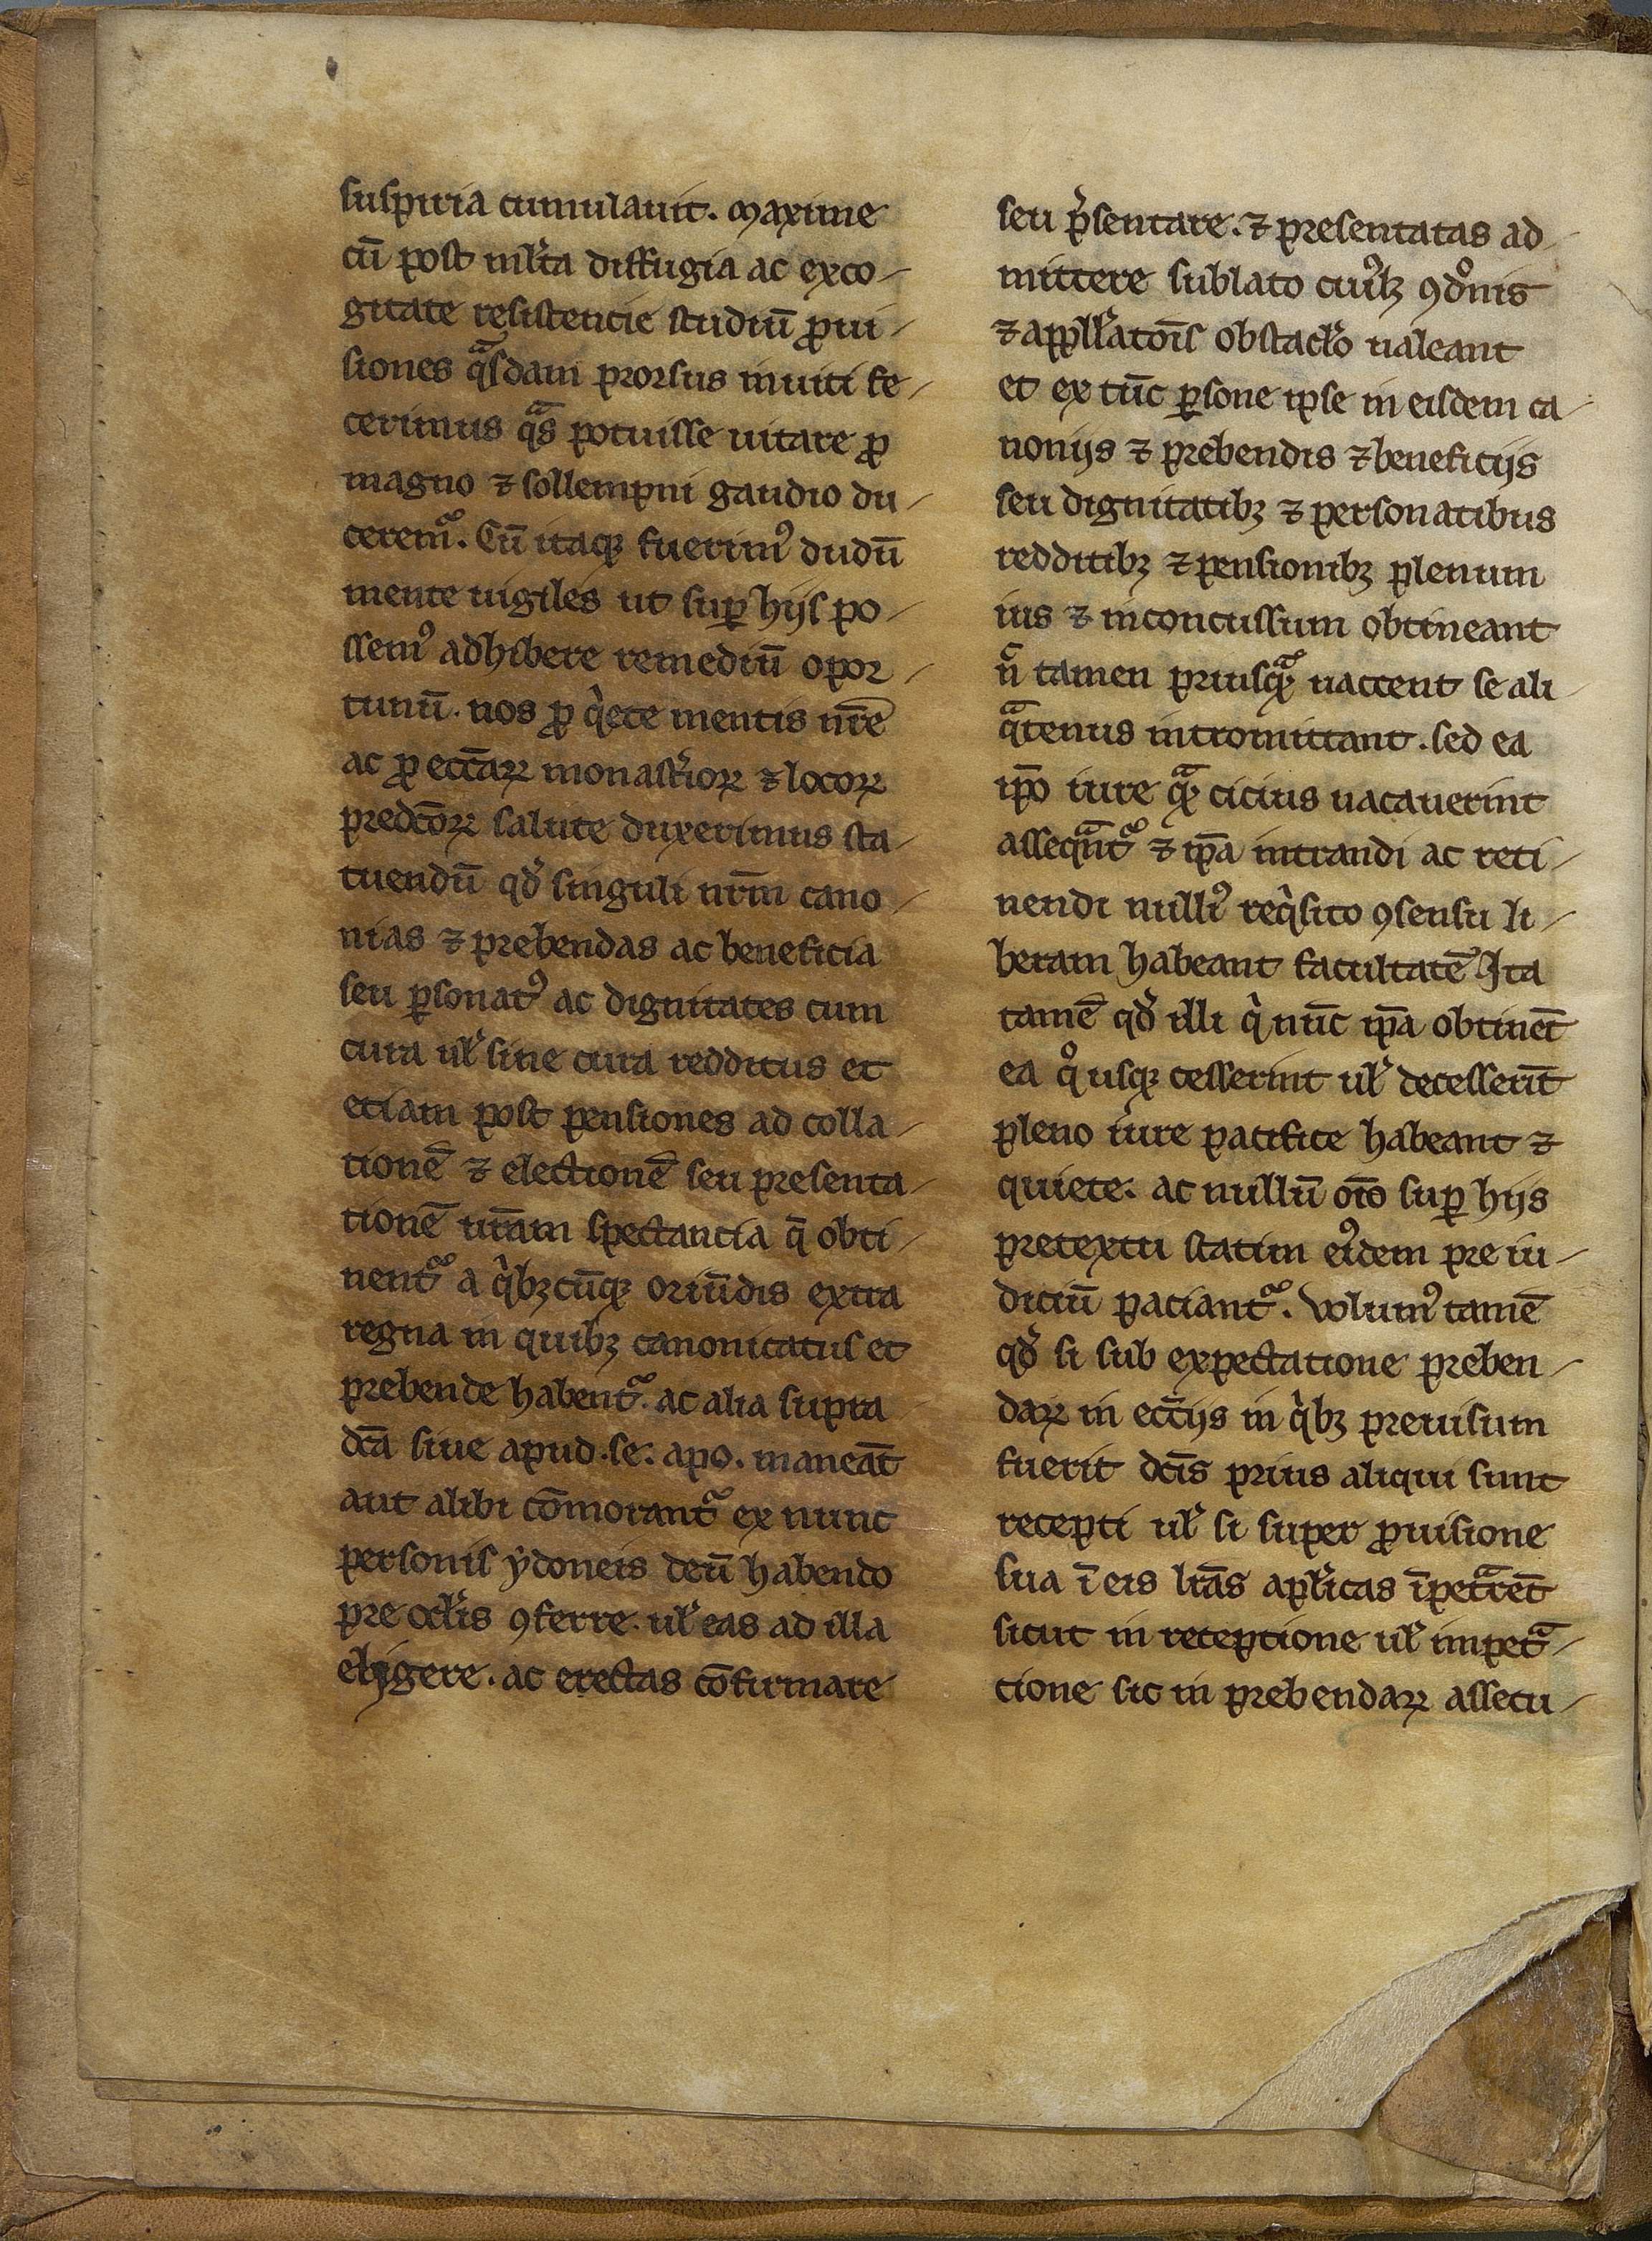
Shelfmark: Mâcon, Archives de Saône et Loire, G 443
Century: 13